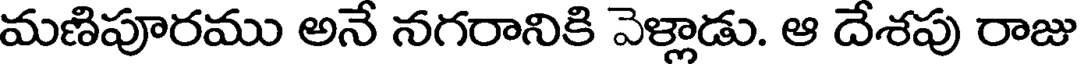
మణిపూరము అనే నగరానికి వెళ్లాడు. ఆ దేశపు రాజు